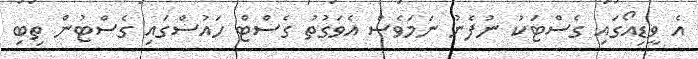
އެ ވީޑިއޯގައި ގެސްޓަކު ނުފެނު ނަމަވެސް އެވަގުތު ގެސްޓް ހައުސްގައި ގެސްޓުން ތިބި